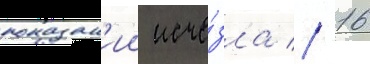
показан'ии исче́зла // 16